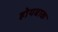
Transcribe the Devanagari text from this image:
होयबाक